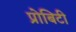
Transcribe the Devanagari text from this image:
प्रोबिटी